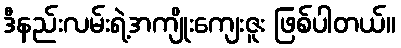
ဒီနည်းလမ်းရဲ့အကျိုးကျေးဇူး ဖြစ်ပါတယ်။